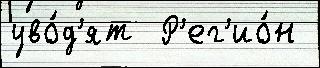
уво́д'ят  Р'ег'ио́н